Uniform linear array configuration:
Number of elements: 12
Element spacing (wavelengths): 1
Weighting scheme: hann
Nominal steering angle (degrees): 60
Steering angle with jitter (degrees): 59.107
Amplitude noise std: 0.05
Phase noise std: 0.05

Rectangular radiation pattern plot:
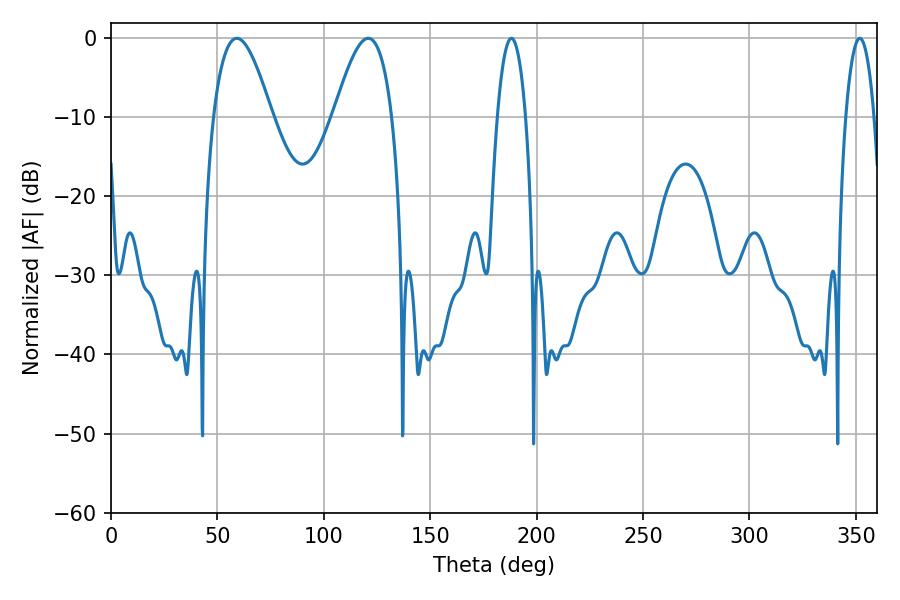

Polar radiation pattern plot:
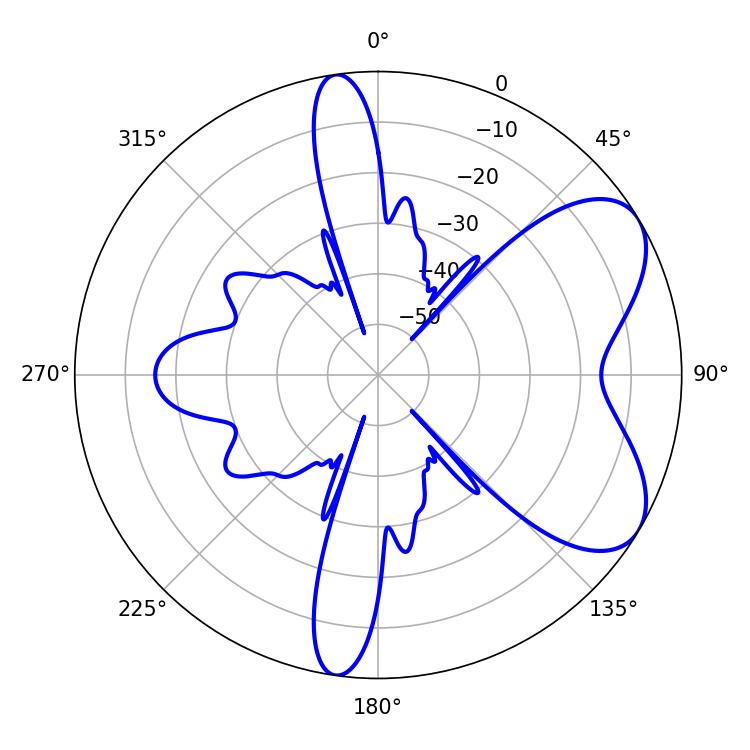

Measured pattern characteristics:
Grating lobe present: TRUE
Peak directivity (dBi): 6.449
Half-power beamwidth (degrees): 14.94
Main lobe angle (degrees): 59.04